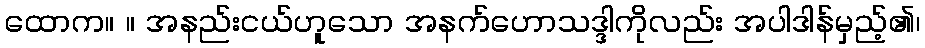
ထောက။ ။ အနည်းငယ်ဟူသော အနက်ဟောသဒ္ဒါကိုလည်း အပါဒါန်မှည့်၏၊